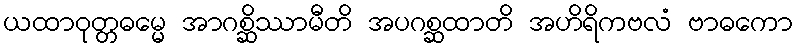
ယထာဝုတ္တဓမ္မေ အာဂစ္ဆိဿာမီတိ အပဂစ္ဆထာတိ အဟိရိကဗလံ ဗာဓကော